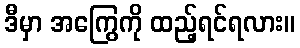
ဒီမှာ အကြွေကို ထည့်ရင်ရလား။